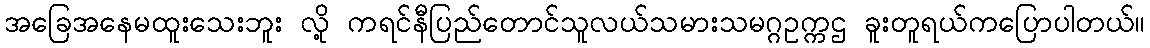
အခြေအနေမထူးသေးဘူး လို့ ကရင်နီပြည်တောင်သူလယ်သမားသမဂ္ဂဥက္ကဌ ခူးတူရယ်ကပြောပါတယ်။